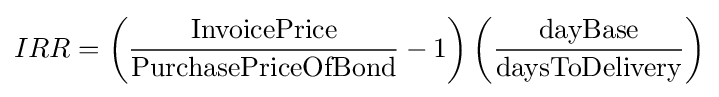
IRR=\left({\frac {\text{InvoicePrice}}{\text{PurchasePriceOfBond}}}-1\right)\left({\frac {\text{dayBase}}{\text{daysToDelivery}}}\right)